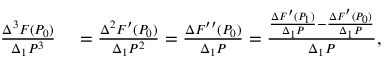
\begin{array} { r l } { { \frac { \Delta ^ { 3 } F ( P _ { 0 } ) } { \Delta _ { 1 } P ^ { 3 } } } } & { { } = { \frac { \Delta ^ { 2 } F ^ { \prime } ( P _ { 0 } ) } { \Delta _ { 1 } P ^ { 2 } } } = { \frac { \Delta F ^ { \prime \prime } ( P _ { 0 } ) } { \Delta _ { 1 } P } } = { \frac { { \frac { \Delta F ^ { \prime } ( P _ { 1 } ) } { \Delta _ { 1 } P } } - { \frac { \Delta F ^ { \prime } ( P _ { 0 } ) } { \Delta _ { 1 } P } } } { \Delta _ { 1 } P } } , } \end{array}